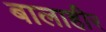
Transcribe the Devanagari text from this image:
बालाहीर